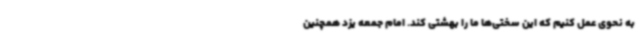
به نحوی عمل کنیم که این سختی‌ها ما را بهشتی کند. امام جمعه یزد همچنین